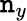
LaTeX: \mathtt{n}_{y}